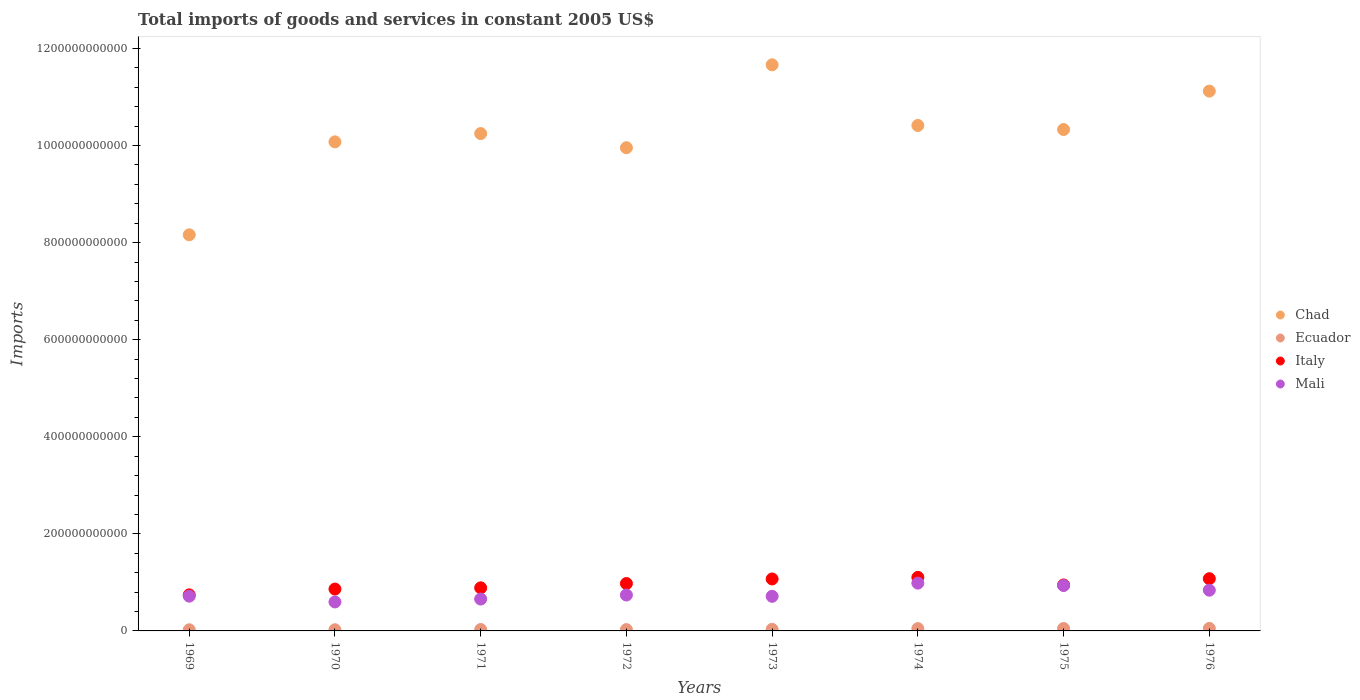
| Years | Chad | Ecuador | Italy | Mali |
 | --- | --- | --- | --- | --- |
 | 1969 | 8.16e+11 | 2.33e+09 | 7.43e+10 | 7.16e+10 |
 | 1970 | 1.01e+12 | 2.4e+09 | 8.62e+10 | 5.97e+10 |
 | 1971 | 1.02e+12 | 2.89e+09 | 8.88e+10 | 6.57e+10 |
 | 1972 | 9.95e+11 | 2.73e+09 | 9.76e+10 | 7.4e+10 |
 | 1973 | 1.17e+12 | 3.23e+09 | 1.07e+11 | 7.13e+10 |
 | 1974 | 1.04e+12 | 4.74e+09 | 1.1e+11 | 9.85e+10 |
 | 1975 | 1.03e+12 | 5e+09 | 9.47e+10 | 9.35e+10 |
 | 1976 | 1.11e+12 | 5.1e+09 | 1.08e+11 | 8.39e+10 |